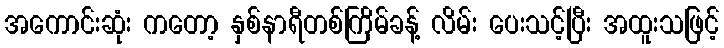
အကောင်းဆုံး ကတော့ နှစ်နာရီတစ်ကြိမ်ခန့် လိမ်း ပေးသင့်ပြီး အထူးသဖြင့်